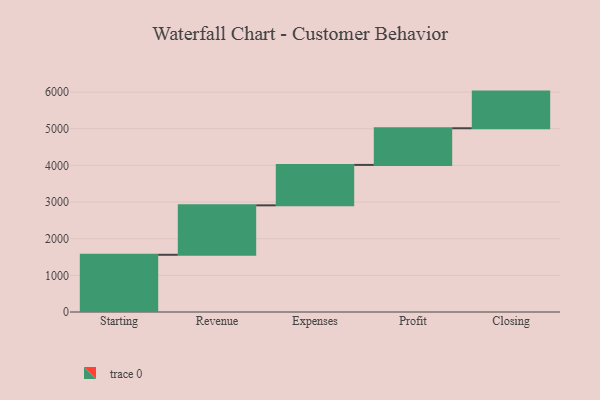
{"axis": {"x": "Step", "y": "Value"}, "legend": [""], "data": [{"x": "Starting", "y": 1561.0, "type": ""}, {"x": "Revenue", "y": 1349.0, "type": ""}, {"x": "Expenses", "y": 1103.0, "type": ""}, {"x": "Profit", "y": 1000, "type": ""}, {"x": "Closing", "y": 1000, "type": ""}]}